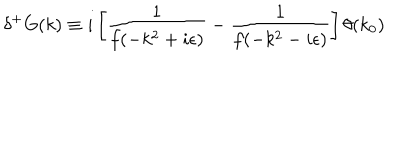
LaTeX: \delta ^ { + } G ( k ) \equiv i \left[ \frac { 1 } { f ( - k ^ { 2 } + i \epsilon ) } - \frac { 1 } { f ( - k ^ { 2 } - i \epsilon ) } \right] \theta ( k _ { 0 } )